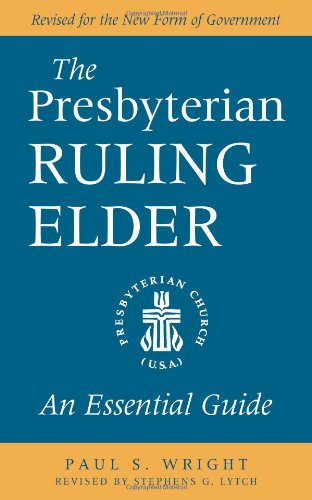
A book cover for The Presbyterian Ruling Elder: An Essential Guide, Revised for the New Form of Government; Paul S. Wright; Christian Books & Bibles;